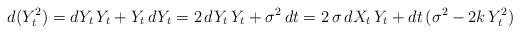
LaTeX: \begin{align*}d(Y_t^2) = dY_t \, Y_t + Y_t \, dY_t = 2 \, dY_t \, Y_t + \sigma^2 \, dt = 2 \, \sigma \, dX_t \, Y_t + dt \, (\sigma^2 - 2 k \, Y_t^2)\end{align*}